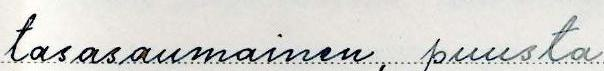
tasasaumainen, puusta